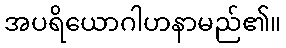
အပရိယောဂါဟနာမည်၏။